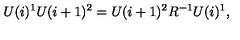
U ( i ) ^ { 1 } U ( i + 1 ) ^ { 2 } = U ( i + 1 ) ^ { 2 } R ^ { - 1 } U ( i ) ^ { 1 } ,